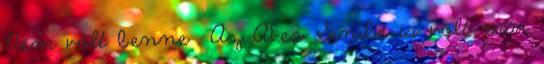
Nem volt benne Az A1-es Senibe is volt már